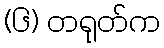
(၆) တရုတ်က